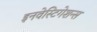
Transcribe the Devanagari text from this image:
इनवेस्टिगेशन्स